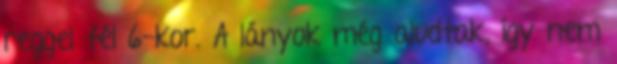
reggel fél 6-kor. A lányok még aludtak, így nem